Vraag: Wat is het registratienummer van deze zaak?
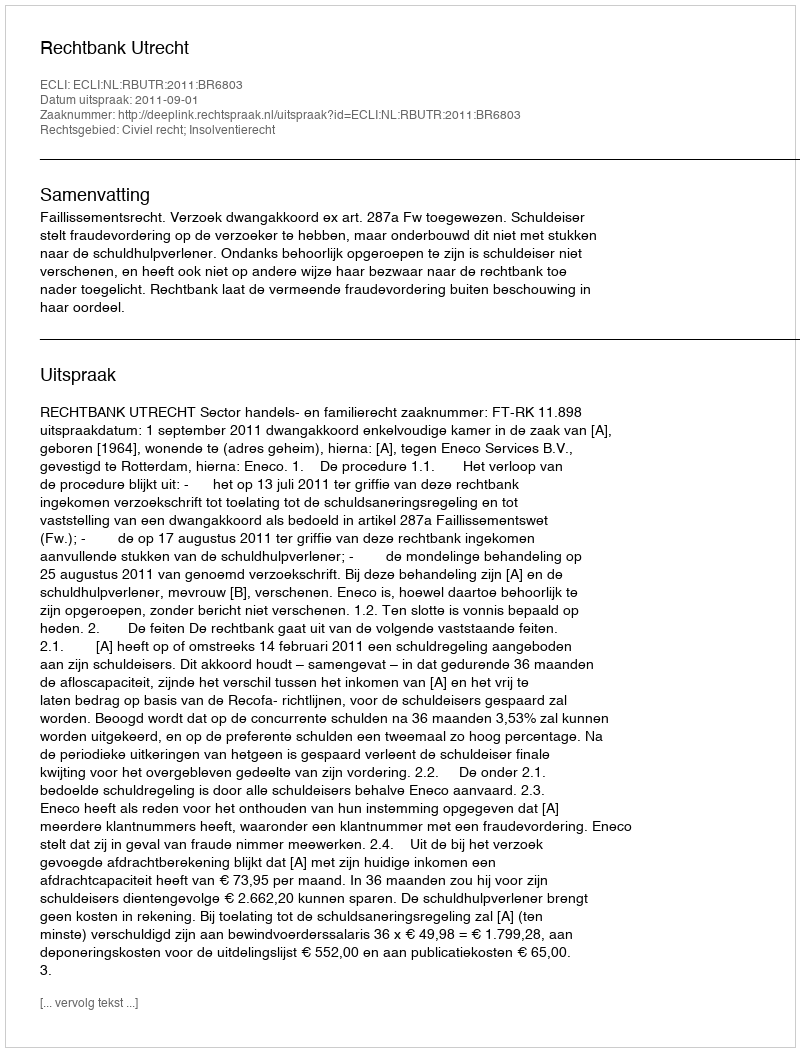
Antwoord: http://deeplink.rechtspraak.nl/uitspraak?id=ECLI:NL:RBUTR:2011:BR6803